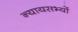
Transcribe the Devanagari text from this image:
न्यायसभ्यों